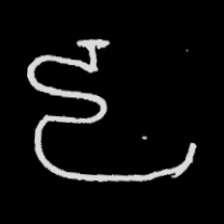
Pyu character \u2014 Myanmar letter: ဠ (romanized: lla)